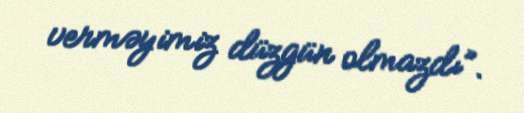
verməyimiz düzgün olmazdı”.